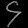
Digit: ၄